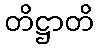
တိဋ္ဌာတိ